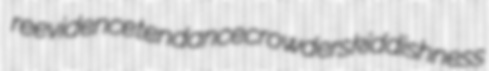
reevidence tendance crowders kiddishness